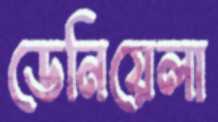
ডেনিয়েলা